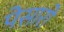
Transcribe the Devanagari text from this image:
पेसारो